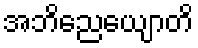
အဘိညေယျောတိ